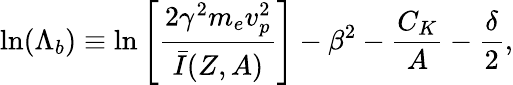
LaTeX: \mathrm{ln}(\Lambda_{b})\equiv\mathrm{ln}\left[\frac{2{\gamma}^{2}m_{e}v_{p}^{2}}{\bar{I}(Z,A)}\right]-{\beta}^{2}-\frac{C_{K}}{A}-\frac{\delta}{2},